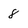
Character: 8